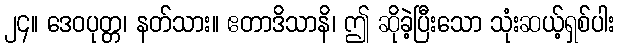
၂၄။ ဒေဝပုတ္တ၊ နတ်သား။ ဧတာဒိသာနိ၊ ဤ ဆိုခဲ့ပြီးသော သုံးဆယ့်ရှစ်ပါး